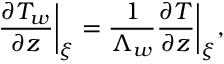
\frac { \partial T _ { w } } { \partial z } \bigg \vert _ { \xi } = \frac { 1 } { \Lambda _ { w } } \frac { \partial T } { \partial z } \bigg \vert _ { \xi } ,